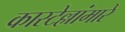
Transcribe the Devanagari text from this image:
कास्टेल्लांमारे